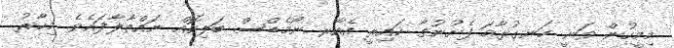
މިމީހުން ވަނީ ހަނގުރާމަ ފެށުނުތާ ކައިރީ އެއާރ ނޯމެޑްސް ބަލިކޮއް ނައްތާލާފައެވެ. މިހާރު